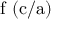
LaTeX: \mathrm { f \ ( c / a ) }